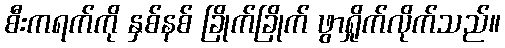
စီးကရက်ကို နှစ်နစ် ခြိုက်ခြိုက် ဖွာရှိုက်လိုက်သည်။